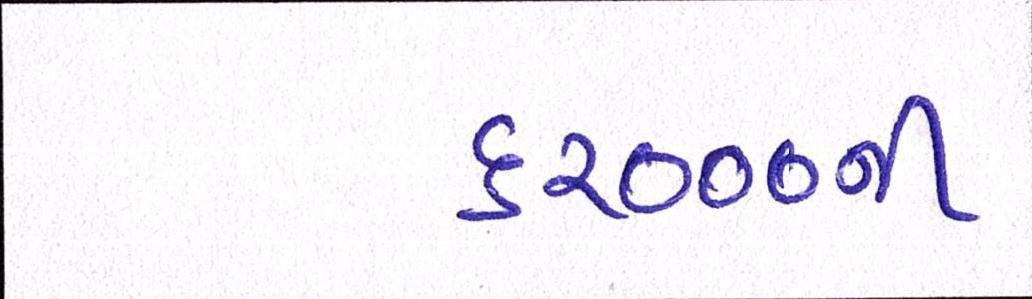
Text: ૬૨૦૦૦ની